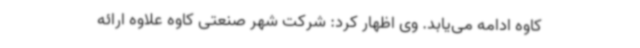
کاوه ادامه می‌یابد. وی اظهار کرد: شرکت شهر صنعتی کاوه علاوه ارائه